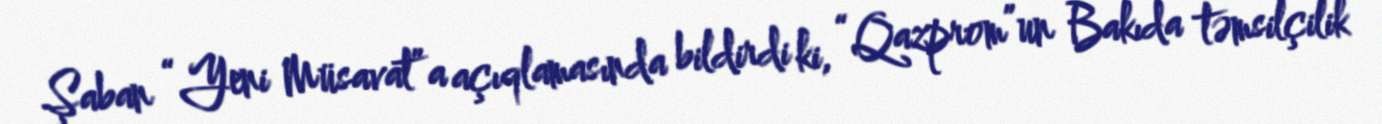
Şaban “Yeni Müsavat”a açıqlamasında bildirdi ki, “Qazprom”un Bakıda təmsilçilik